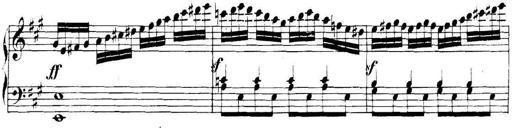
Title: Collected Piano Sonatas
Composer: Muzio Clementi